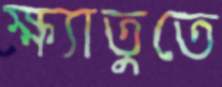
ক্ষ্যাতুতে